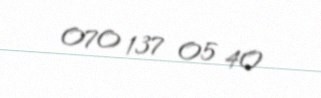
070 137 05 40